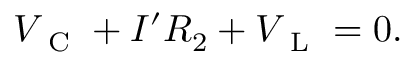
V _ { \mathrm { ~ C ~ } } + I ^ { \prime } R _ { 2 } + V _ { \mathrm { ~ L ~ } } = 0 .